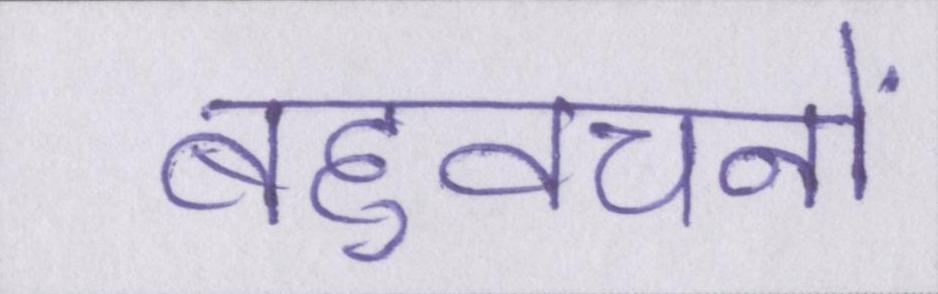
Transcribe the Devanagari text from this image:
बहुवचनों